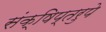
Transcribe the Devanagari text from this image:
संक्षिप्तरुपे